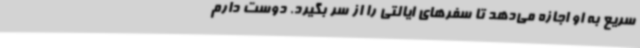
سریع به او اجازه می‌دهد تا سفرهای ایالتی را از سر بگیرد. دوست دارم